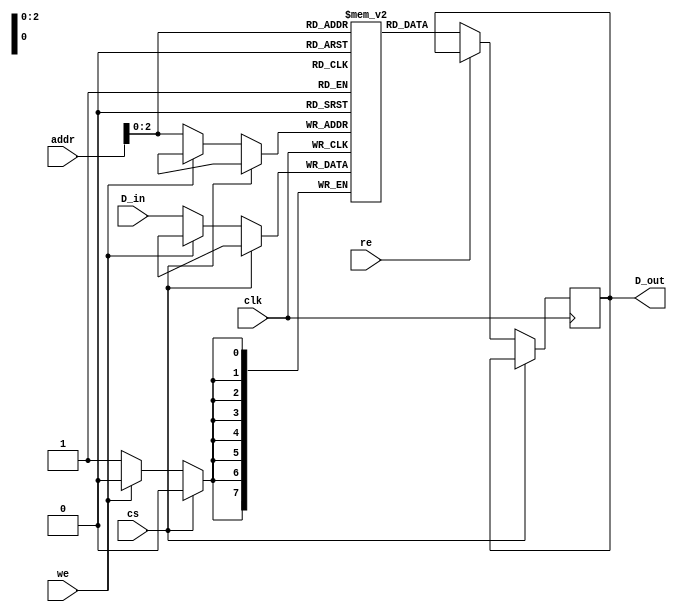
module sram (
    input wire clk,               // Clock signal
    input wire cs,                // Chip Select (active low)
    input wire we,                // Write Enable (active low)
    input wire re,                // Read Enable (active low)
    input wire [N-1:0] addr,      // Address bus
    input wire [M-1:0] D_in,       // Data input bus
    output reg [M-1:0] D_out       // Data output bus
);
    parameter N = 8;              // Number of memory words (rows)
    parameter M = 8;              // Number of bits per word (columns)
    
    // Memory array declaration
    reg [M-1:0] memory [0:N-1];   // SRAM memory array

    // Read/Write operations based on control signals
    always @(posedge clk) begin
        if (!cs) begin  // Check Chip Select
            if (!we) begin  // Write operation
                memory[addr] <= D_in; // Write data into memory
            end
            if (!re) begin  // Read operation
                D_out <= memory[addr]; // Output data from memory
            end
        end
    end

    // Optional: Implement power management and sleep modes
    // For simplicity, this could be a separate signal to enable/disable SRAM functionality.

    // Testability features could be implemented here as well (e.g. BIST).

endmodule